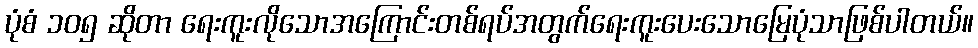
ပုံစံ ၁၀၅ ဆိုတာ ရေးကူးလိုသောအကြောင်းတစ်ရပ်အတွက်ရေးကူးပေးသောမြေပုံသာဖြစ်ပါတယ်။